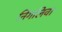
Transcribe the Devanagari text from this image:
निगलिवा